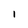
Character: l